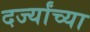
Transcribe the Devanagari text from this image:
दर्ज्यांच्या